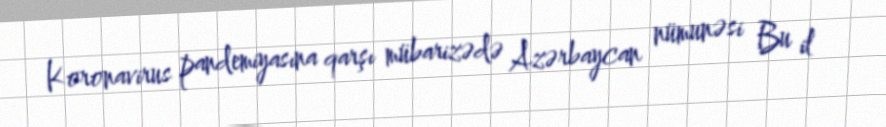
Koronavirus pandemiyasına qarşı mübarizədə Azərbaycan nümunəsi Bu il